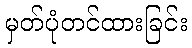
မှတ်ပုံတင်ထားခြင်း